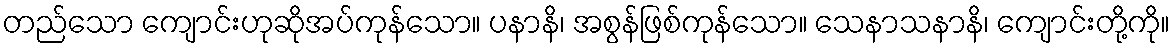
တည်သော ကျောင်းဟုဆိုအပ်ကုန်သော။ ပနာနိ၊ အစွန်ဖြစ်ကုန်သော။ သေနာသနာနိ၊ ကျောင်းတို့ကို။